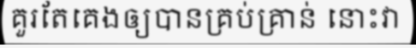
គួរតែគេងឲ្យបានគ្រប់គ្រាន់ នោះវា